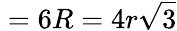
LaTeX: {}=6R=4r{\sqrt{3}}